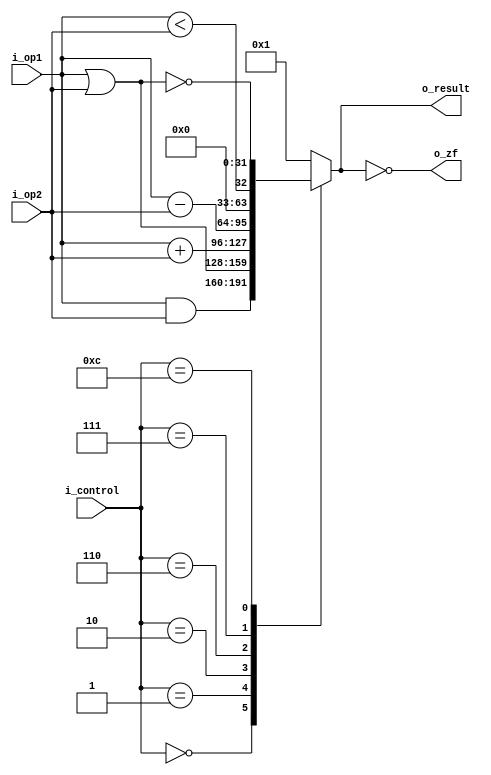
module alu(i_op1, i_op2, i_control, o_result, o_zf);

localparam AND = 4'b0000, OR = 4'b0001, ADD = 4'b0010;
localparam SUB = 4'b0110, SOLT = 4'b0111, NOR = 4'b1100; //SOLT - Set On Less then
  
input       [31:0]  i_op1, i_op2;
input       [3:0]   i_control;
output  reg [31:0]  o_result;
output              o_zf;
  
assign o_zf = !o_result;

always @(*) begin 
	case (i_control)
		AND:  begin 
				o_result <= i_op1 & i_op2;
			  end
		OR:   begin
				o_result <= i_op1 | i_op2;
			  end
		ADD:  begin
				o_result <= i_op1 + i_op2;
			  end
		SUB:  begin 
				o_result <= i_op1 - i_op2;
			  end
		SOLT: begin
				o_result <= (i_op1 < i_op2);
			  end
		NOR:  begin
				o_result <= ~(i_op1 | i_op2);
			  end	
		default : o_result <= 32'b1;
	endcase
end
  
endmodule